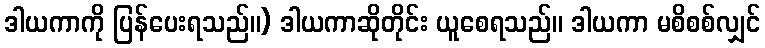
ဒါယကာကို ပြန်ပေးရသည်။) ဒါယကာဆိုတိုင်း ယူစေရသည်။ ဒါယကာ မစိစစ်လျှင်